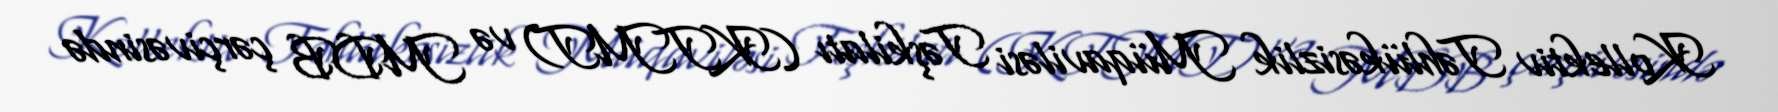
Kollektiv Təhlükəsizlik Müqaviləsi Təşkilatı (KTMT) və MDB çərçivəsində